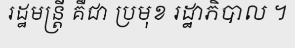
រដ្ឋមន្ត្រី គឺជា ប្រមុខ រដ្ឋាភិបាល ។